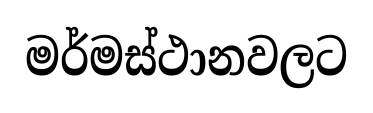
මර්මස්ථානවලට